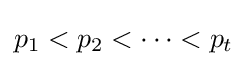
p_{1}<p_{2}<\cdots <p_{t}